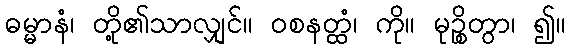
ဓမ္မာနံ၊ တို့၏သာလျှင်။ ဝစနတ္ထံ၊ ကို။ မုဉ္စိတွာ၊ ၍။